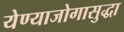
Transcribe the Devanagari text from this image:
येण्याजोगासुद्धा